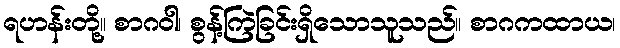
ရဟန်းတို့။ စာဂဝါ၊ စွန့်ကြဲခြင်းရှိသောသူသည်။ စာဂကထာယ၊